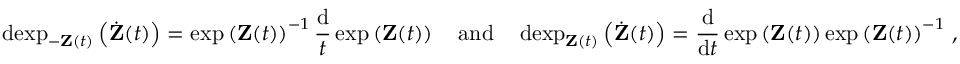
\operatorname { d e x p } _ { - \mathbf Z ( t ) } \left( \dot { \mathbf Z } ( t ) \right) = \exp \left( \mathbf Z ( t ) \right) ^ { - 1 } \frac { \mathrm { d } } { t } \exp \left( \mathbf Z ( t ) \right) \quad \mathrm { a n d } \quad \operatorname { d e x p } _ { \mathbf Z ( t ) } \left( \dot { \mathbf Z } ( t ) \right) = \frac { \mathrm { d } } { \mathrm { d } t } \exp \left( \mathbf Z ( t ) \right) \exp \left( \mathbf Z ( t ) \right) ^ { - 1 } \, ,